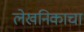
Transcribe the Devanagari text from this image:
लेखनिकाचा